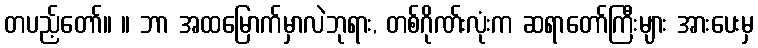
တပည့်တော်။ ။ ဘာ အထမြောက်မှာလဲဘုရား, တစ်ဂိုဏ်းလုံးက ဆရာတော်ကြီးများ အားပေးမှ